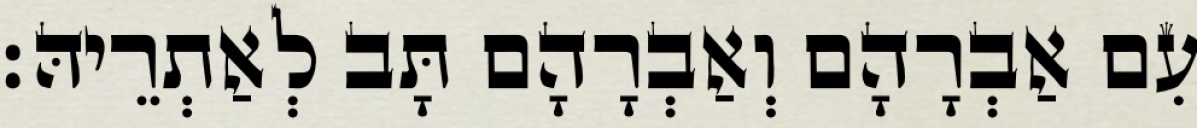
עִם אַבְרָהָם וְאַבְרָהָם תָּב לְאַתְרֵיהּ׃